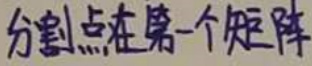
分割点在第一个矩阵